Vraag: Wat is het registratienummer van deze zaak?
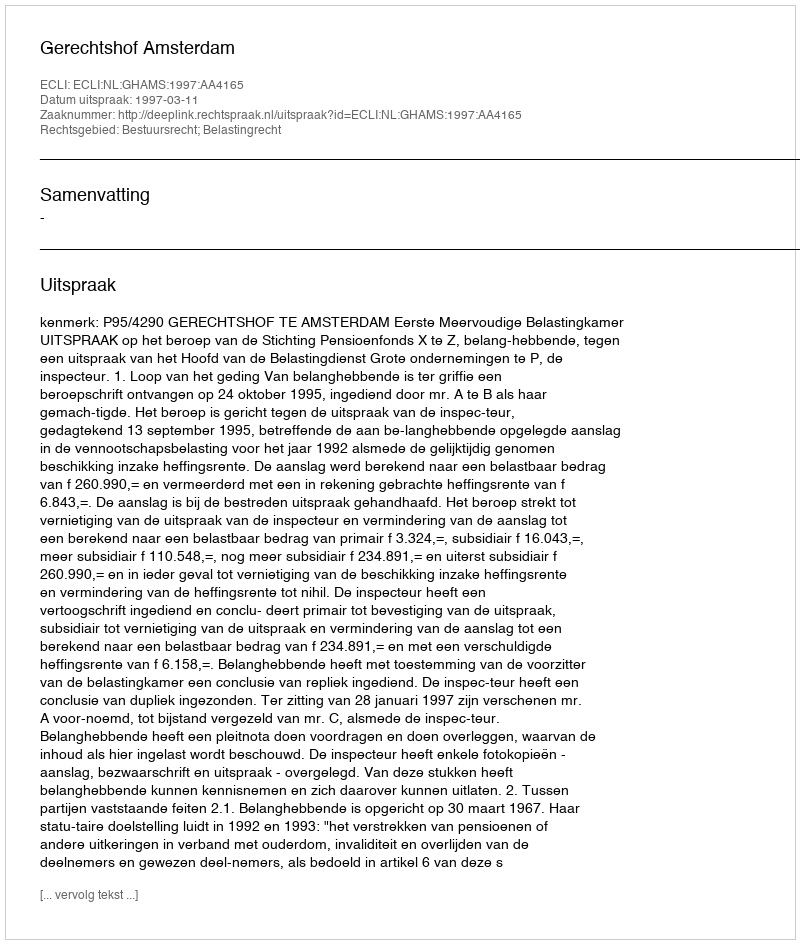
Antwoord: http://deeplink.rechtspraak.nl/uitspraak?id=ECLI:NL:GHAMS:1997:AA4165